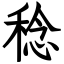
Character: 稔